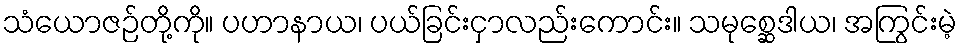
သံယောဇဉ်တို့ကို။ ပဟာနာယ၊ ပယ်ခြင်းငှာလည်းကောင်း။ သမုစ္ဆေဒါယ၊ အကြွင်းမဲ့